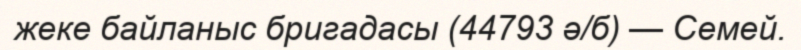
жеке байланыс бригадасы (44793 ә/б) — Семей.